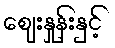
ဈေးနှုန်းနှင့်